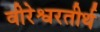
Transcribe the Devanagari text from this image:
वीरेश्वरतीर्थ